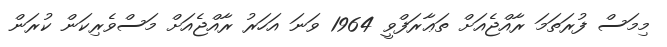
މިމަސް ފުރަތަމަ ރާއްޖެއަށް ތަޢާރަފްވީ 1964 ވަނަ އަހަރު ރާއްޖެއަށް މަސްވެރިކަން ކުރަން